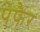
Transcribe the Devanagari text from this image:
पेफैर